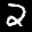
Label: 2